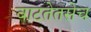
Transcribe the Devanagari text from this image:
वाटतेतसेच